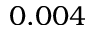
0 . 0 0 4